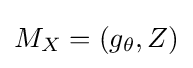
M_{X}=(g_{\theta },Z)